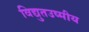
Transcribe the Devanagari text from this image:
विद्युतउष्मीय